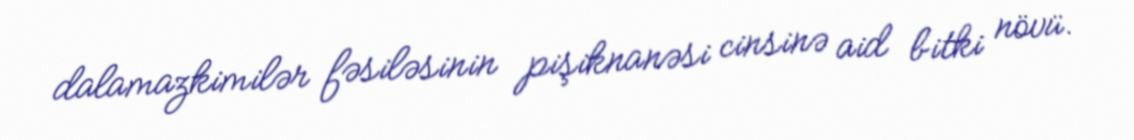
dalamazkimilər fəsiləsinin pişiknanəsi cinsinə aid bitki növü.